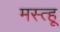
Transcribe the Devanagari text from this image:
मस्त्हू